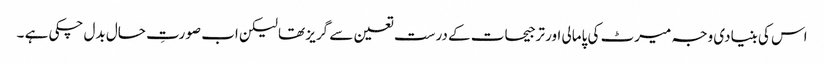
اس کی بنیادی وجہ میرٹ کی پامالی اور ترجیحات کے درست تعین سے گریز تھا لیکن اب صورتِ حال بدل چکی ہے ۔